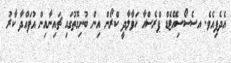
އެދެފިއެވެ. އސެސޯސިއޭޓެޑް ޕްރެސްއާ ހަވާލާދީ ކްރޯން އިން ބުނިގޮތުގައި ޗައިނާއިން އުފައްދާ ކާރު